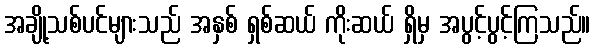
အချို့သစ်ပင်များသည် အနှစ် ရှစ်ဆယ် ကိုးဆယ် ရှိမှ အပွင့်ပွင့်ကြသည်။